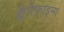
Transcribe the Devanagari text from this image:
क्लैरिफ़ाइन्ग